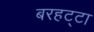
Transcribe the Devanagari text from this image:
बरहट्टा